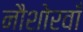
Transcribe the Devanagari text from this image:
नौशोरवाँ